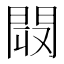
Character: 𨴉